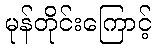
မုန်တိုင်းကြောင့်